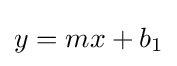
y=mx+b_{1}